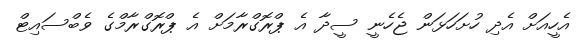
އެހީއަށް އެދި ހުށަހަޅަން ޖެހެނީ ސީދާ އެ ޕްރޮގްރާމަށް އެ ޕްރޮގްރާމްގެ ވެބްސައިޓް